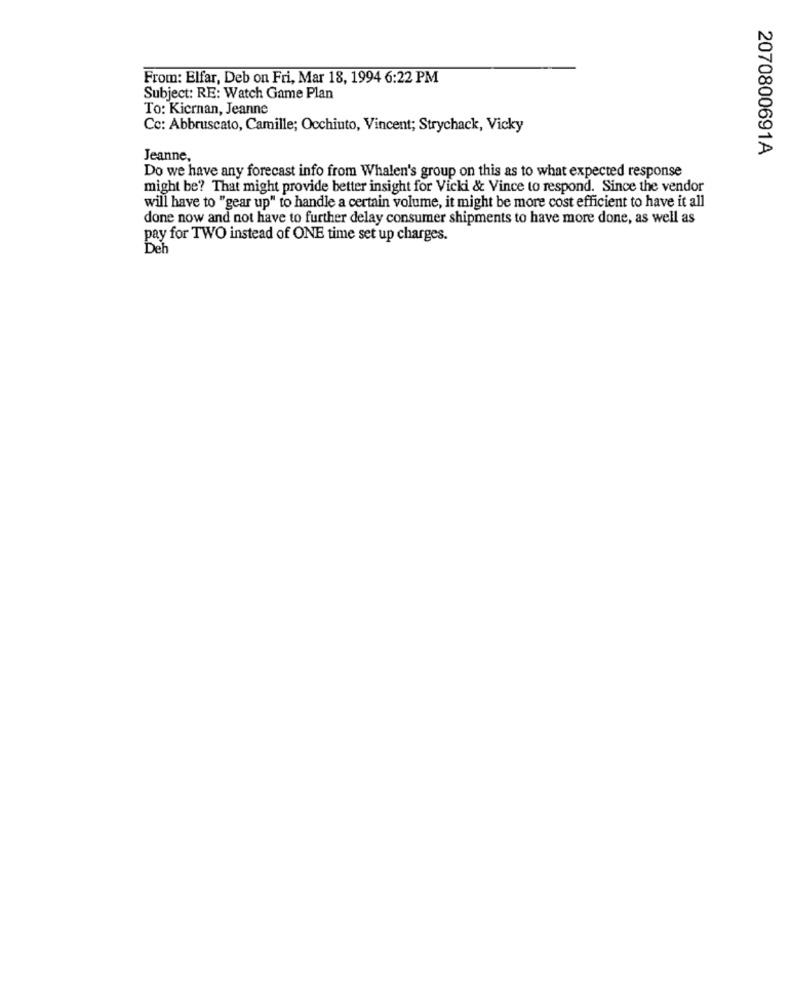
From: Elfar, Deb on Fri, Mar 18, 1994 6:22 PM
Subject: RE: Watch Game Plan
To: Kiernan, Jeanne
Cc: Abbruscato, Camille; Occhiuto, Vincent; Strychack, Vicky
2070800691A
Jeanne,
Do we have any forecast info from Whalen's group on this as to what expected response
might be? That might provide better insight for Vicki & Vince to respond. Since the vendor
will have to "gear up" to handle a certain volume, it might be more cost efficient to have it all
done now and not have to further delay consumer shipments to have more done, as well as
pay for TWO instead of ONE time set up charges.
Deh